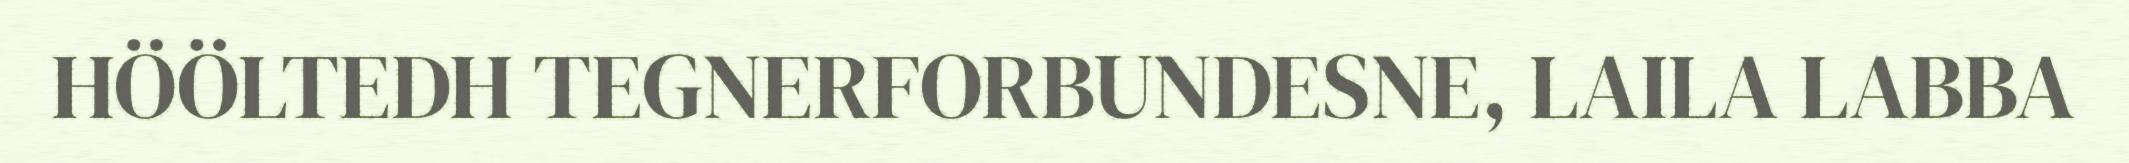
HÖÖLTEDH TEGNERFORBUNDESNE, LAILA LABBA